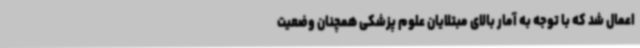
اعمال شد که با توجه به آمار بالای مبتلایان علوم پزشکی همچنان وضعیت